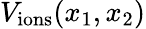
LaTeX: V_{{\mathrm{ions}}}(x_{1},x_{2})